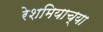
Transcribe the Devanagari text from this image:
रेशमियाच्या